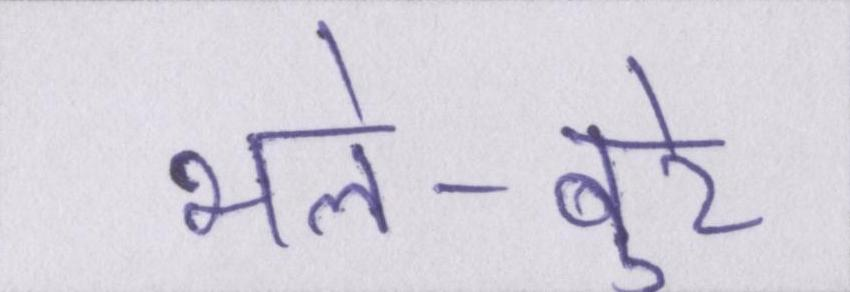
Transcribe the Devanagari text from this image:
भले-बुरे